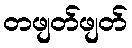
တဖျတ်ဖျတ်